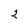
Character: 2